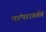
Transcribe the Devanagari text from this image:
परंपरांतर्गत